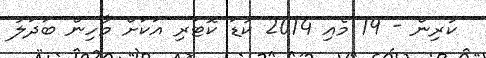
ކުރިން - 19 މެއި 2014 ކުޑަ ކޮޓަރި އަކަށް މާހިން ބަދަލު